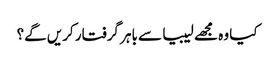
کیا وہ مجھے لیبیا سے باہر گرفتار کریں گے؟